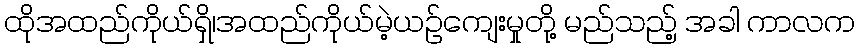
ထိုအထည်ကိုယ်ရှိ၊အထည်ကိုယ်မဲ့ယဉ်ကျေးမှုတို့ မည်သည့် အခါ ကာလက